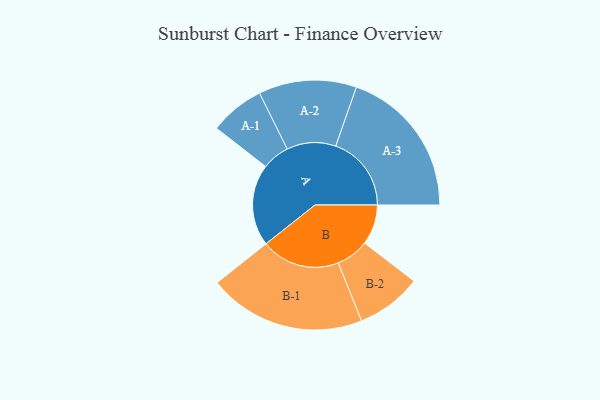
{"axis": {"x": "Segment", "y": "Value"}, "legend": ["", "A", "B"], "data": [{"x": "A", "y": 297, "type": ""}, {"x": "B", "y": 146, "type": ""}, {"x": "A-1", "y": 100, "type": "A"}, {"x": "A-2", "y": 178, "type": "A"}, {"x": "A-3", "y": 275, "type": "A"}, {"x": "B-1", "y": 286, "type": "B"}, {"x": "B-2", "y": 119, "type": "B"}]}